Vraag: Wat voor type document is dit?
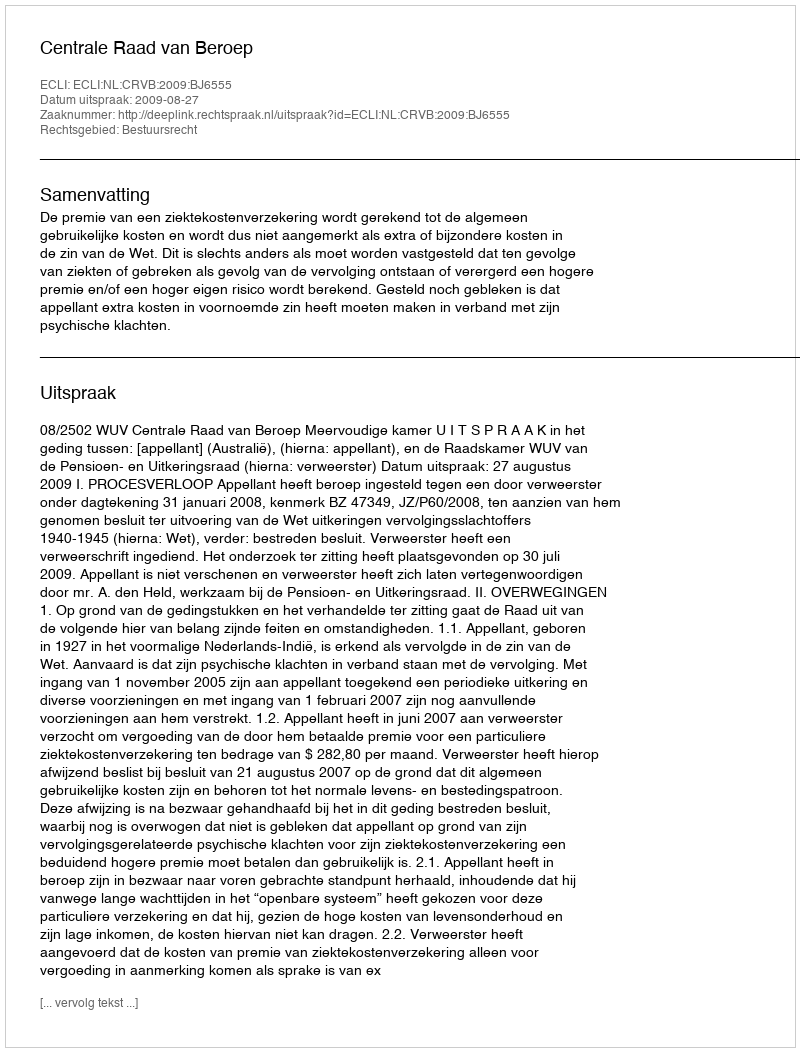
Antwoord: Uitspraak